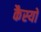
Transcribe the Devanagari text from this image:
कैस्‍यो